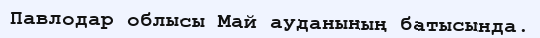
Павлодар облысы Май ауданының батысында.